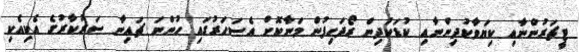
ޓީޗަރުންނާއި ކިޔަވާކުދިންނާއި ކުޑަކުދިން ރޯދަހިފުން މަނާކޮށް އެސަހަރުގައި ހުންނަ ޗައިނާ ސަރުކާރުގެ އެކިއެކި